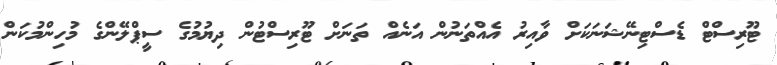
ޓޫރިސްޓް ޑެސްޓިނޭޝަނަކަށް ވާއިރު އެއްތަނުން އަނެއް ތަނަށް ޓޫރިސްޓުން ދިޔުމުގެ ސީޕްލޭންގެ މުހިންމުކަން